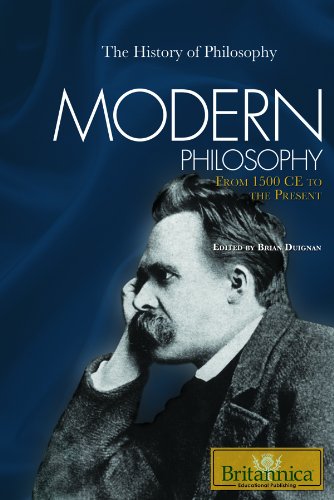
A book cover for Modern Philosophy: From 1500 CE to the Present (The History of Philosophy); Teen & Young Adult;